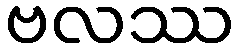
ဗလဿ